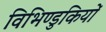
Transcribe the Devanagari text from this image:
विभिण्डुकियों